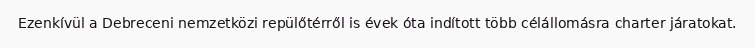
Ezenkívül a Debreceni nemzetközi repülőtérről is évek óta indított több célállomásra charter járatokat.